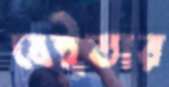
বেইতার